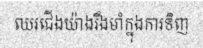
ឈរជើងយ៉ាងរឹងមាំក្នុងការទិញ